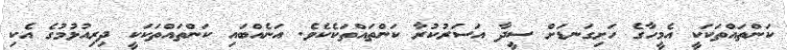
ކަންތައްތަކަކީ އެމީހާގެ ހަށިގަނޑަށް ސީދާ އަސަރުކުރާ ކަންތައްތަކެކެވެ. އަނެއްބައި ކަންތައްތަކަކީ ދިރިއުޅުމުގެ އެކި